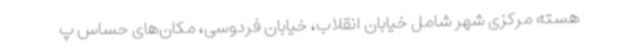
هسته مرکزی شهر شامل خیابان انقلاب، خیابان فردوسی، مکان‌های حساس پ